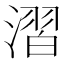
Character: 漝